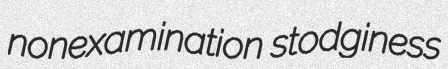
nonexamination stodginess